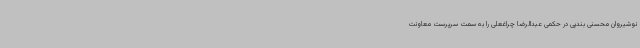
نوشیروان محسنی بندپی در حکمی عبدالرضا چراغعلی را به سمت سرپرست معاونت